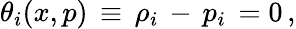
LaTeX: \theta_{i}(x,p)\, \equiv\, \rho_{i}\, -\, p_{i}\, =0\, ,